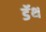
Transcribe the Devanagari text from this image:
डॅथ